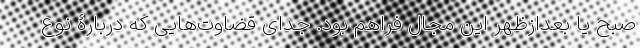
صبح یا بعدازظهر این مجال فراهم بود. جدای قضاوت‌هایی که دربارۀ نوع